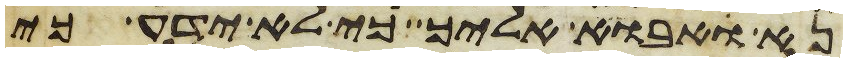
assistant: נא אבוא אליך כי לא ידע כי